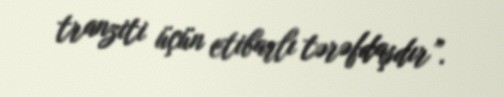
tranziti üçün etibarlı tərəfdaşdır”.